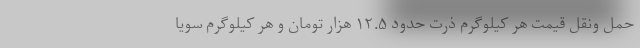
حمل ونقل قیمت هر کیلوگرم ذرت حدود ۱۲.۵ هزار تومان و هر کیلوگرم سویا